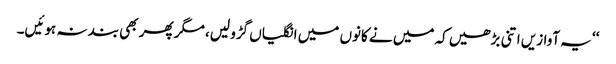
‘‘ یہ آوازیں اتنی بڑھیں کہ میں نے کانوں میں انگلیاں گڑو لیں، مگر پھر بھی بند نہ ہوئیں۔